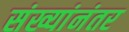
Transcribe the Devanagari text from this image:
संख्यांनंतर